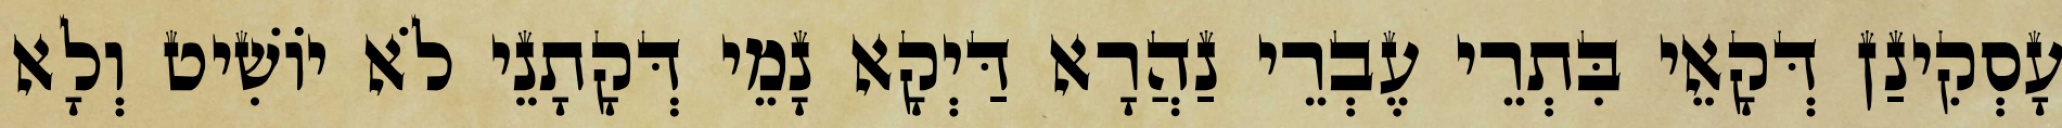
עָסְקִינַן דְּקָאֵי בִּתְרֵי עֶבְרֵי נַהֲרָא דַּיְקָא נָמֵי דְּקָתָנֵי לֹא יוֹשִׁיט וְלָא